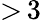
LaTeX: {>}\, 3